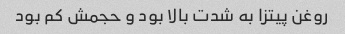
روغن پیتزا به شدت بالا بود و حجمش کم بود